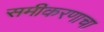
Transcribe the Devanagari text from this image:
समीकरणाचा